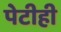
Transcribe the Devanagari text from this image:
पेटीही